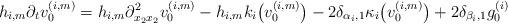
LaTeX: \begin{align*}h_{i,m} \partial_{t} v^{(i,m)}_0 = h_{i,m} \partial^2_{x_2 x_2} v^{(i,m)}_0 -h_{i,m} k_i\big(v^{(i,m)}_0\big) - 2 \delta_{\alpha_i,1} \kappa_i\big(v^{(i,m)}_0\big) + 2 \delta_{\beta_i,1} g^{(i)}_0\end{align*}